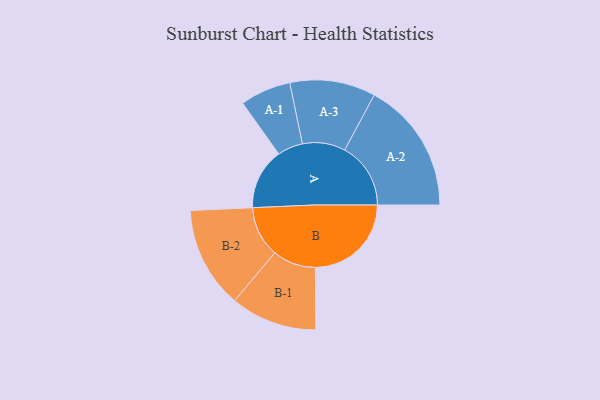
{"axis": {"x": "Segment", "y": "Value"}, "legend": ["", "A", "B"], "data": [{"x": "A", "y": 260, "type": ""}, {"x": "B", "y": 408, "type": ""}, {"x": "A-1", "y": 108, "type": "A"}, {"x": "A-2", "y": 281, "type": "A"}, {"x": "A-3", "y": 182, "type": "A"}, {"x": "B-1", "y": 184, "type": "B"}, {"x": "B-2", "y": 216, "type": "B"}]}